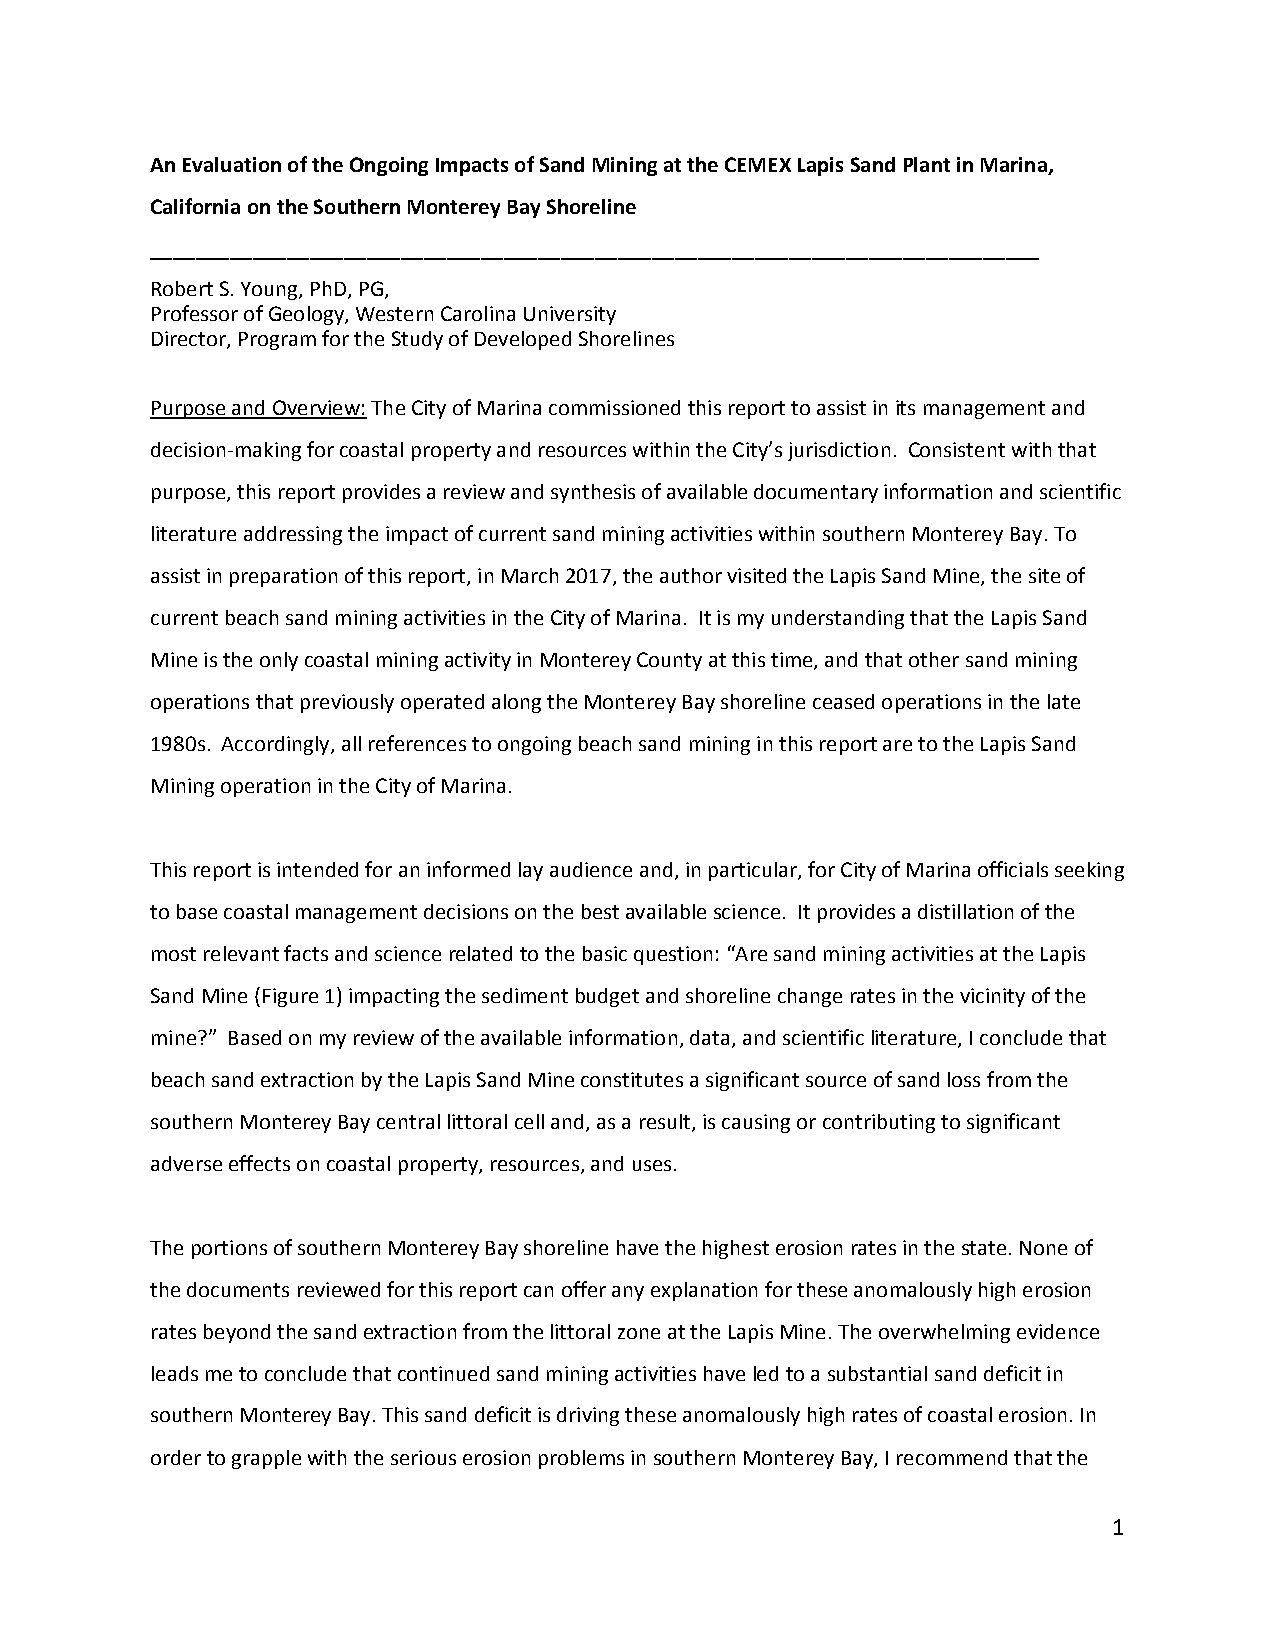
An Evaluation of the Ongoing Impacts of Sand Mining at the CEMEX Lapis Sand Plant in Marina,
 California on the Southern Monterey Bay Shoreline
 ______________________________________________________________________________
 Robert S. Young, PhD, PG,
 Professor of Geology, Western Carolina University
 Director, Program for the Study of Developed Shorelines
 Purpose and Overview: The City of Marina commissioned this report to assist in its management and
 decision‐making for coastal property and resources within the City’s jurisdiction. Consistent with that
 purpose, this report provides a review and synthesis of available documentary information and scientific
 literature addressing the impact of current sand mining activities within southern Monterey Bay. To
 assist in preparation of this report, in March 2017, the author visited the Lapis Sand Mine, the site of
 current beach sand mining activities in the City of Marina. It is my understanding that the Lapis Sand
 Mine is the only coastal mining activity in Monterey County at this time, and that other sand mining
 operations that previously operated along the Monterey Bay shoreline ceased operations in the late
 1980s. Accordingly, all references to ongoing beach sand mining in this report are to the Lapis Sand
 Mining operation in the City of Marina.
 This report is intended for an informed lay audience and, in particular, for City of Marina officials seeking
 to base coastal management decisions on the best available science. It provides a distillation of the
 most relevant facts and science related to the basic question: “Are sand mining activities at the Lapis
 Sand Mine (Figure 1) impacting the sediment budget and shoreline change rates in the vicinity of the
 mine?” Based on my review of the available information, data, and scientific literature, I conclude that
 beach sand extraction by the Lapis Sand Mine constitutes a significant source of sand loss from the
 southern Monterey Bay central littoral cell and, as a result, is causing or contributing to significant
 adverse effects on coastal property, resources, and uses.
 The portions of southern Monterey Bay shoreline have the highest erosion rates in the state. None of
 the documents reviewed for this report can offer any explanation for these anomalously high erosion
 rates beyond the sand extraction from the littoral zone at the Lapis Mine. The overwhelming evidence
 leads me to conclude that continued sand mining activities have led to a substantial sand deficit in
 southern Monterey Bay. This sand deficit is driving these anomalously high rates of coastal erosion. In
 order to grapple with the serious erosion problems in southern Monterey Bay, I recommend that the
 1